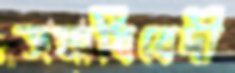
সমাধিবেদী